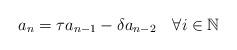
LaTeX: \begin{align*}a_n = \tau a_{n-1} - \delta a_{n-2} ~~~ \forall i \in \mathbb{N}\end{align*}